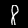
Label: 8